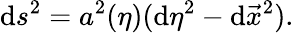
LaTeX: \mathrm{d}s^{2}=a^{2}(\eta)(\mathrm{d}\eta^{2}-\mathrm{d}\vec{{x}}^{2}).